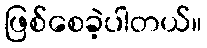
ဖြစ်စေခဲ့ပါတယ်။